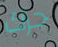
حرك